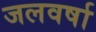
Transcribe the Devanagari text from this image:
जलवर्षा